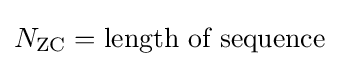
N_{\text{ZC}}={\text{length of sequence}}